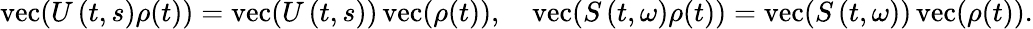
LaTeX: \operatorname{vec}(U\left(t,s\right)\rho(t))=\operatorname{vec}(U\left(t,s\right))\operatorname{vec}(\rho(t)),\quad\operatorname{vec}(S\left(t,\omega\right)\rho(t))=\operatorname{vec}(S\left(t,\omega\right))\operatorname{vec}(\rho(t)).